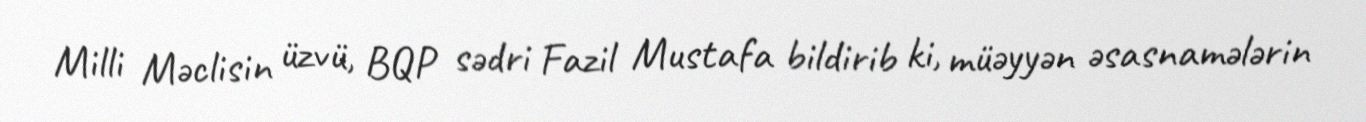
Milli Məclisin üzvü, BQP sədri Fazil Mustafa bildirib ki, müəyyən əsasnamələrin